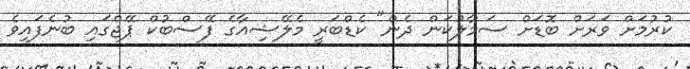
ކުރުމަށް ވަރަށް ބޮޑަށް ސަމާލުކަން ދެން" ކެޑްބަރީ މެލޭޝިއާގެ ފޭސްބުކް ޕޭޖްގައި ބުނެފައިވެ